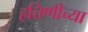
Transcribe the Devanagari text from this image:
हत्तिणीच्या